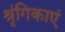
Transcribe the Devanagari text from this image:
श्रृंगिकाएं